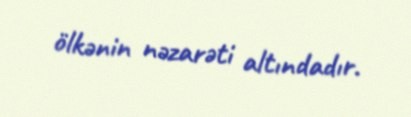
ölkənin nəzarəti altındadır.